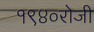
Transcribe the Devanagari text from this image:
१९४०रोजी